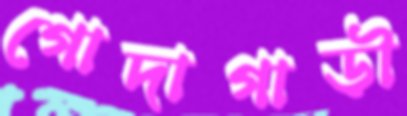
গোদাগাড়ী